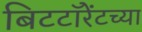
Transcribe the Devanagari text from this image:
बिटटॉरेंटच्या